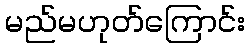
မည်မဟုတ်ကြောင်း